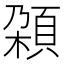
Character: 𩒜